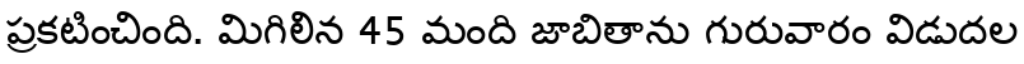
ప్రకటించింది. మిగిలిన 45 మంది జాబితాను గురువారం విడుదల